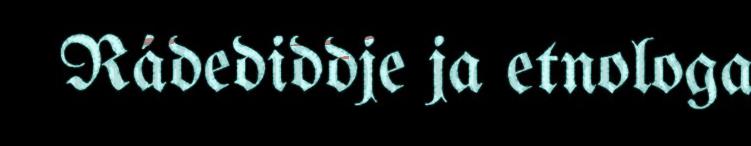
Rádediddje ja etnologa